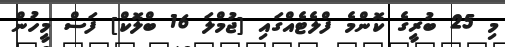
މި 25 ބުރީގެ ކޮންމެ ފްލެޓެއްގައި [ޖުމްލަ 16 ބްލޮކް] ފަސް މީހުން